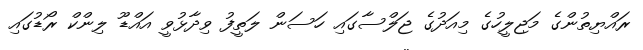
ރައްޔިތުންގެ މަޖިލީހުގެ މިއަދުގެ ޖަލްސާގައި ހަސަން ލަތީފު ވިދާޅުވީ އައްޑޫ ލިންކް ރޯޑުގައި